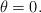
LaTeX: \begin{align*}\theta=0. \end{align*}